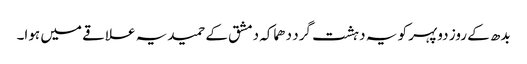
بدھ کے روز دوپہر کو یہ دہشت گرد دھماکہ دمشق کے حمیدیہ علاقے میں ہوا۔